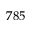
7 8 5